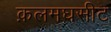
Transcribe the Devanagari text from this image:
क़लमघसीट